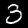
Label: 3